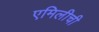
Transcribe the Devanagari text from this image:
एमिलीची